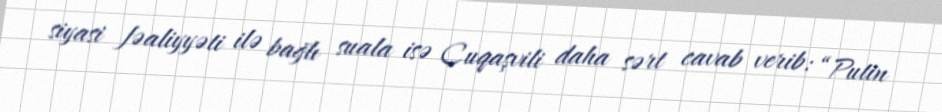
siyasi fəaliyyəti ilə bağlı suala isə Cuqaşvili daha sərt cavab verib: “Putin